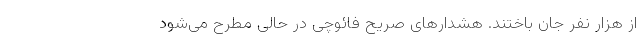
از هزار نفر جان باختند. هشدار‌های صریح فائوچی در حالی مطرح می‌شود